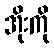
အိုးကို